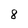
Character: 8